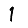
Digit: 1